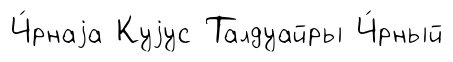
Ч́рнаjа Куjус Талдуайры Ч́рный